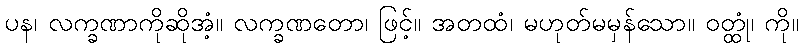
ပန၊ လက္ခဏာကိုဆိုအံ့။ လက္ခဏတော၊ ဖြင့်။ အတထံ၊ မဟုတ်မမှန်သော။ ဝတ္ထုံ၊ ကို။